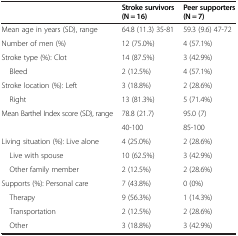
<table><thead><tr><td><b> </b></td><td><b>Stroke survivors (N = 16)</b></td><td><b>Peer supporters (N = 7)</b></td></tr></thead><tbody><tr><td>Mean age in years (SD), range</td><td>64.8 (11.3) 35-81</td><td>59.3 (9.6) 47-72</td></tr><tr><td>Number of men (%)</td><td>12 (75.0%)</td><td>4 (57.1%)</td></tr><tr><td>Stroke type (%): Clot</td><td>14 (87.5%)</td><td>3 (42.9%)</td></tr><tr><td> Bleed</td><td>2 (12.5%)</td><td>4 (57.1%)</td></tr><tr><td>Stroke location (%): Left</td><td>3 (18.8%)</td><td>2 (28.6%)</td></tr><tr><td> Right</td><td>13 (81.3%)</td><td>5 (71.4%)</td></tr><tr><td>Mean Barthel Index score (SD), range</td><td>78.8 (21.7)</td><td>95.0 (7)</td></tr><tr><td> </td><td>40-100</td><td>85-100</td></tr><tr><td>Living situation (%): Live alone</td><td>4 (25.0%)</td><td>2 (28.6%)</td></tr><tr><td> Live with spouse</td><td>10 (62.5%)</td><td>3 (42.9%)</td></tr><tr><td> Other family member</td><td>2 (12.5%)</td><td>2 (28.6%)</td></tr><tr><td>Supports (%): Personal care</td><td>7 (43.8%)</td><td>0 (0%)</td></tr><tr><td> Therapy</td><td>9 (56.3%)</td><td>1 (14.3%)</td></tr><tr><td> Transportation</td><td>2 (12.5%)</td><td>2 (28.6%)</td></tr><tr><td> Other</td><td>3 (18.8%)</td><td>3 (42.9%)</td></tr></tbody></table>